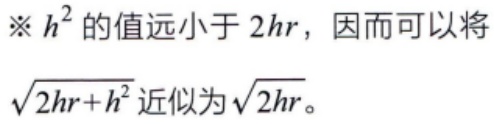
※ \(h^{2}\) 的值远小于 \(2hr\)，因而可以将 \(\sqrt{2hr + h^{2}}\) 近似为 \(\sqrt{2hr}\)。